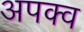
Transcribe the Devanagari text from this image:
अपक्‍व